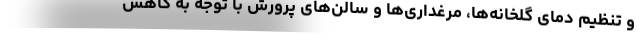
و تنظیم دمای گلخانه‌ها، مرغداری‌ها و سالن‌های پرورش با توجه به کاهش